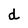
Character: d